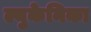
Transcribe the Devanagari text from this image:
ल्युकेनिका